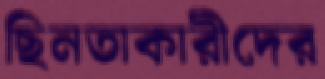
ছিনতাকারীদের